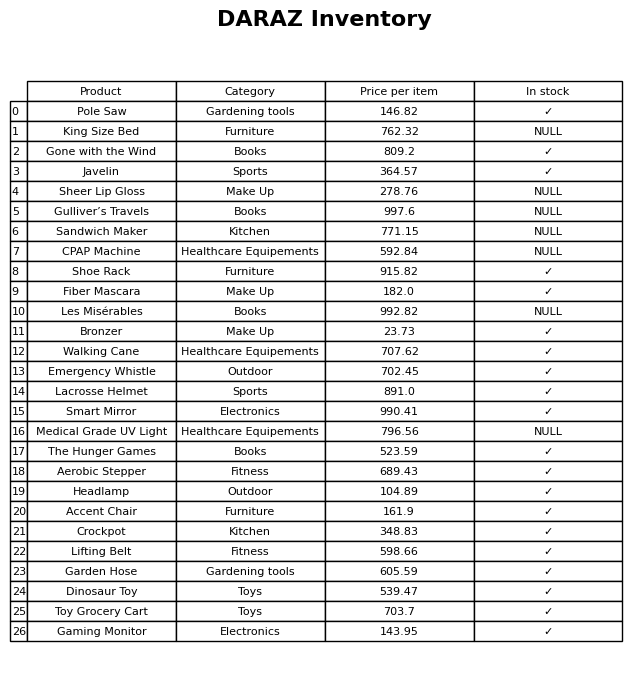
question: What is the price for Bronzer?
answer: The price of Bronzer is 23.73.